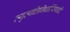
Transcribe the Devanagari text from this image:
व्युत्पत्तिनिर्धारिणादि